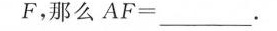
为F，那么$$A F =___$$.